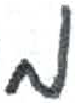
אות: מ